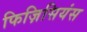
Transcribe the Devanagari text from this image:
फिज़िसियंस